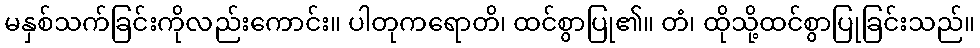
မနှစ်သက်ခြင်းကိုလည်းကောင်း။ ပါတုကရောတိ၊ ထင်စွာပြု၏။ တံ၊ ထိုသို့ထင်စွာပြုခြင်းသည်။